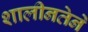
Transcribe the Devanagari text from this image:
शालीनतेने